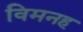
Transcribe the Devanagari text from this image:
विमनह